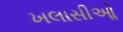
ખલાસીઓૢ